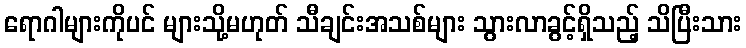
ရောဂါများကိုပင် များသို့မဟုတ် သီချင်းအသစ်များ သွားလာခွင့်ရှိသည့် သိပြီးသား